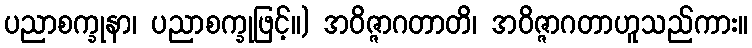
ပညာစက္ခုနာ၊ ပညာစက္ခုဖြင့်။) အဝိဇ္ဇာဂတာတိ၊ အဝိဇ္ဇာဂတာဟူသည်ကား။